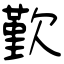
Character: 歏